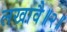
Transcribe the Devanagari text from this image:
लखावै॥२॥